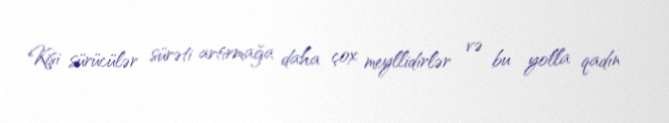
Kişi sürücülər sürəti artırmağa daha çox meyllidirlər və bu yolla qadın